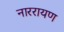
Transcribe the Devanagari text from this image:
नाररायण